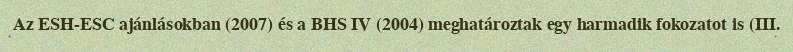
Az ESH-ESC ajánlásokban (2007) és a BHS IV (2004) meghatároztak egy harmadik fokozatot is (III.